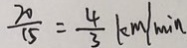
\frac { 2 0 } { 1 5 } = \frac { 4 } { 3 } k m / \min